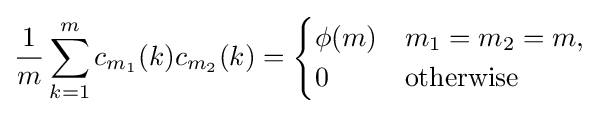
{\frac {1}{m}}\sum _{k=1}^{m}c_{m_{1}}(k)c_{m_{2}}(k)={\begin{cases}\phi (m)&m_{1}=m_{2}=m,\\0&{\text{otherwise}}\end{cases}}